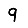
Digit: 9